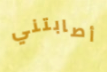
أصابتني